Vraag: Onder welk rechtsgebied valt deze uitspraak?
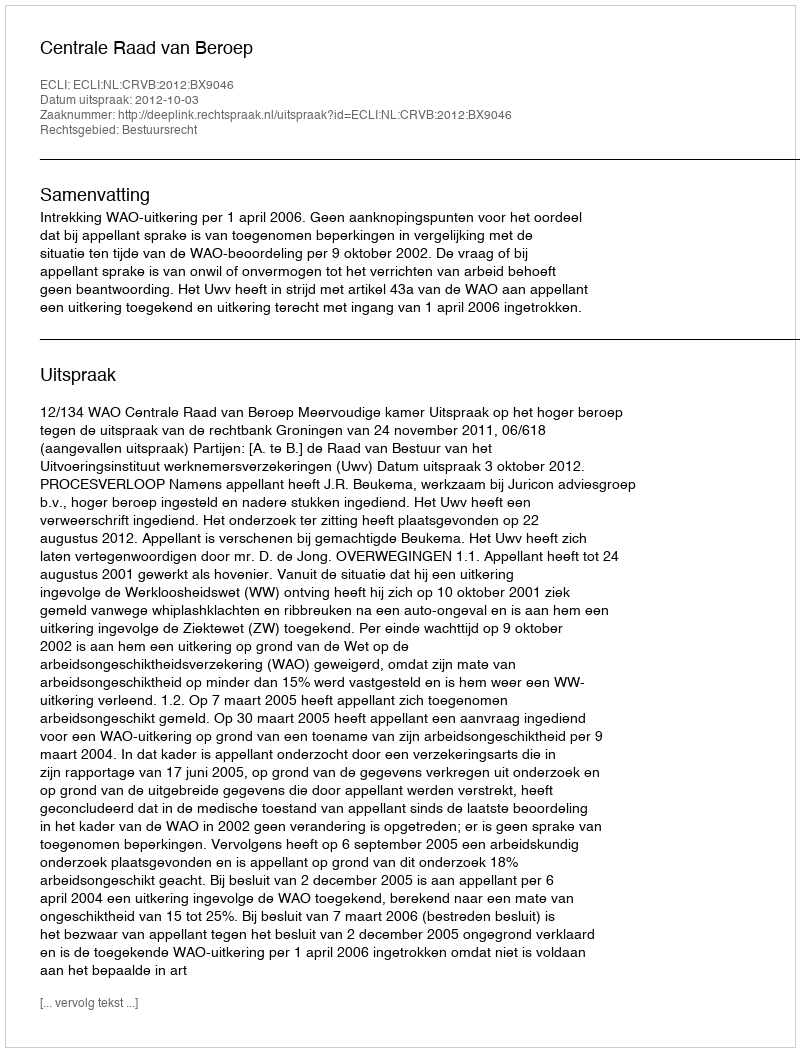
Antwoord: Bestuursrecht